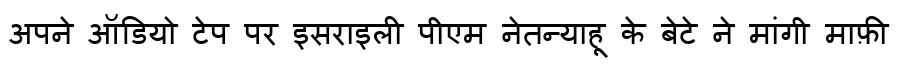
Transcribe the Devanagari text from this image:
अपने ऑडियो टेप पर इसराइली पीएम नेतन्याहू के बेटे ने मांगी माफ़ी